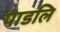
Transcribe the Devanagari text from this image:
पाडलि